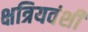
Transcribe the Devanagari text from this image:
क्षत्रियवंशी